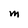
Character: M